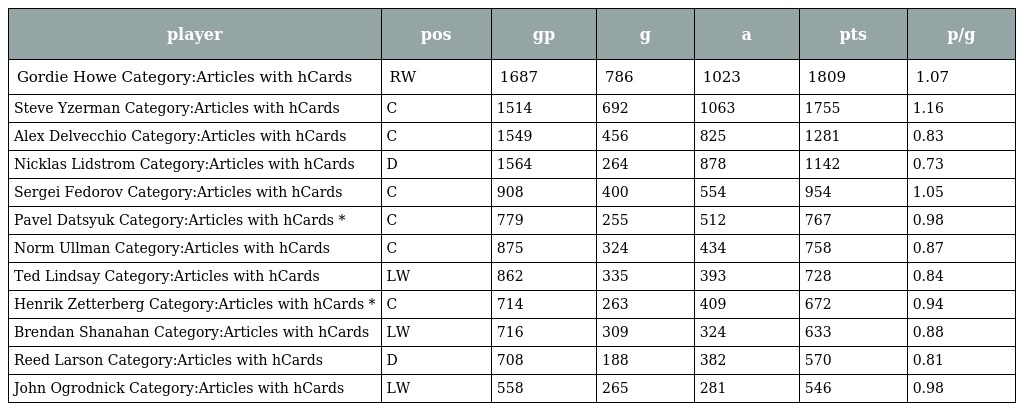
| player | pos | gp | g | a | pts | p/g |
 | --- | --- | --- | --- | --- | --- | --- |
 | Gordie Howe Category:Articles with hCards | RW | 1687 | 786 | 1023 | 1809 | 1.07 |
 | Steve Yzerman Category:Articles with hCards | C | 1514 | 692 | 1063 | 1755 | 1.16 |
 | Alex Delvecchio Category:Articles with hCards | C | 1549 | 456 | 825 | 1281 | 0.83 |
 | Nicklas Lidstrom Category:Articles with hCards | D | 1564 | 264 | 878 | 1142 | 0.73 |
 | Sergei Fedorov Category:Articles with hCards | C | 908 | 400 | 554 | 954 | 1.05 |
 | Pavel Datsyuk Category:Articles with hCards * | C | 779 | 255 | 512 | 767 | 0.98 |
 | Norm Ullman Category:Articles with hCards | C | 875 | 324 | 434 | 758 | 0.87 |
 | Ted Lindsay Category:Articles with hCards | LW | 862 | 335 | 393 | 728 | 0.84 |
 | Henrik Zetterberg Category:Articles with hCards * | C | 714 | 263 | 409 | 672 | 0.94 |
 | Brendan Shanahan Category:Articles with hCards | LW | 716 | 309 | 324 | 633 | 0.88 |
 | Reed Larson Category:Articles with hCards | D | 708 | 188 | 382 | 570 | 0.81 |
 | John Ogrodnick Category:Articles with hCards | LW | 558 | 265 | 281 | 546 | 0.98 |